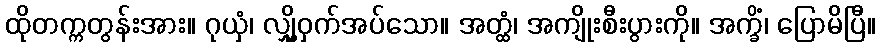
ထိုတက္ကတွန်းအား။ ဂုယှံ၊ လျှို့ဝှက်အပ်သော။ အတ္ထံ၊ အကျိုးစီးပွားကို။ အက္ခိံ၊ ပြောမိပြီ။